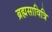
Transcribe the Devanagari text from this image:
ब्रह्मसावित्रि